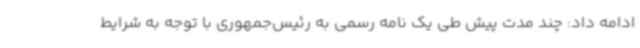
ادامه داد: چند مدت پیش طی یک نامه رسمی به رئیس‌جمهوری با توجه به شرایط